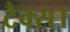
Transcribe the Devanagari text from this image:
टैक्स।